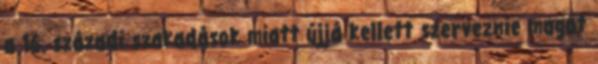
a 16. századi szakadások miatt újjá kellett szerveznie magát